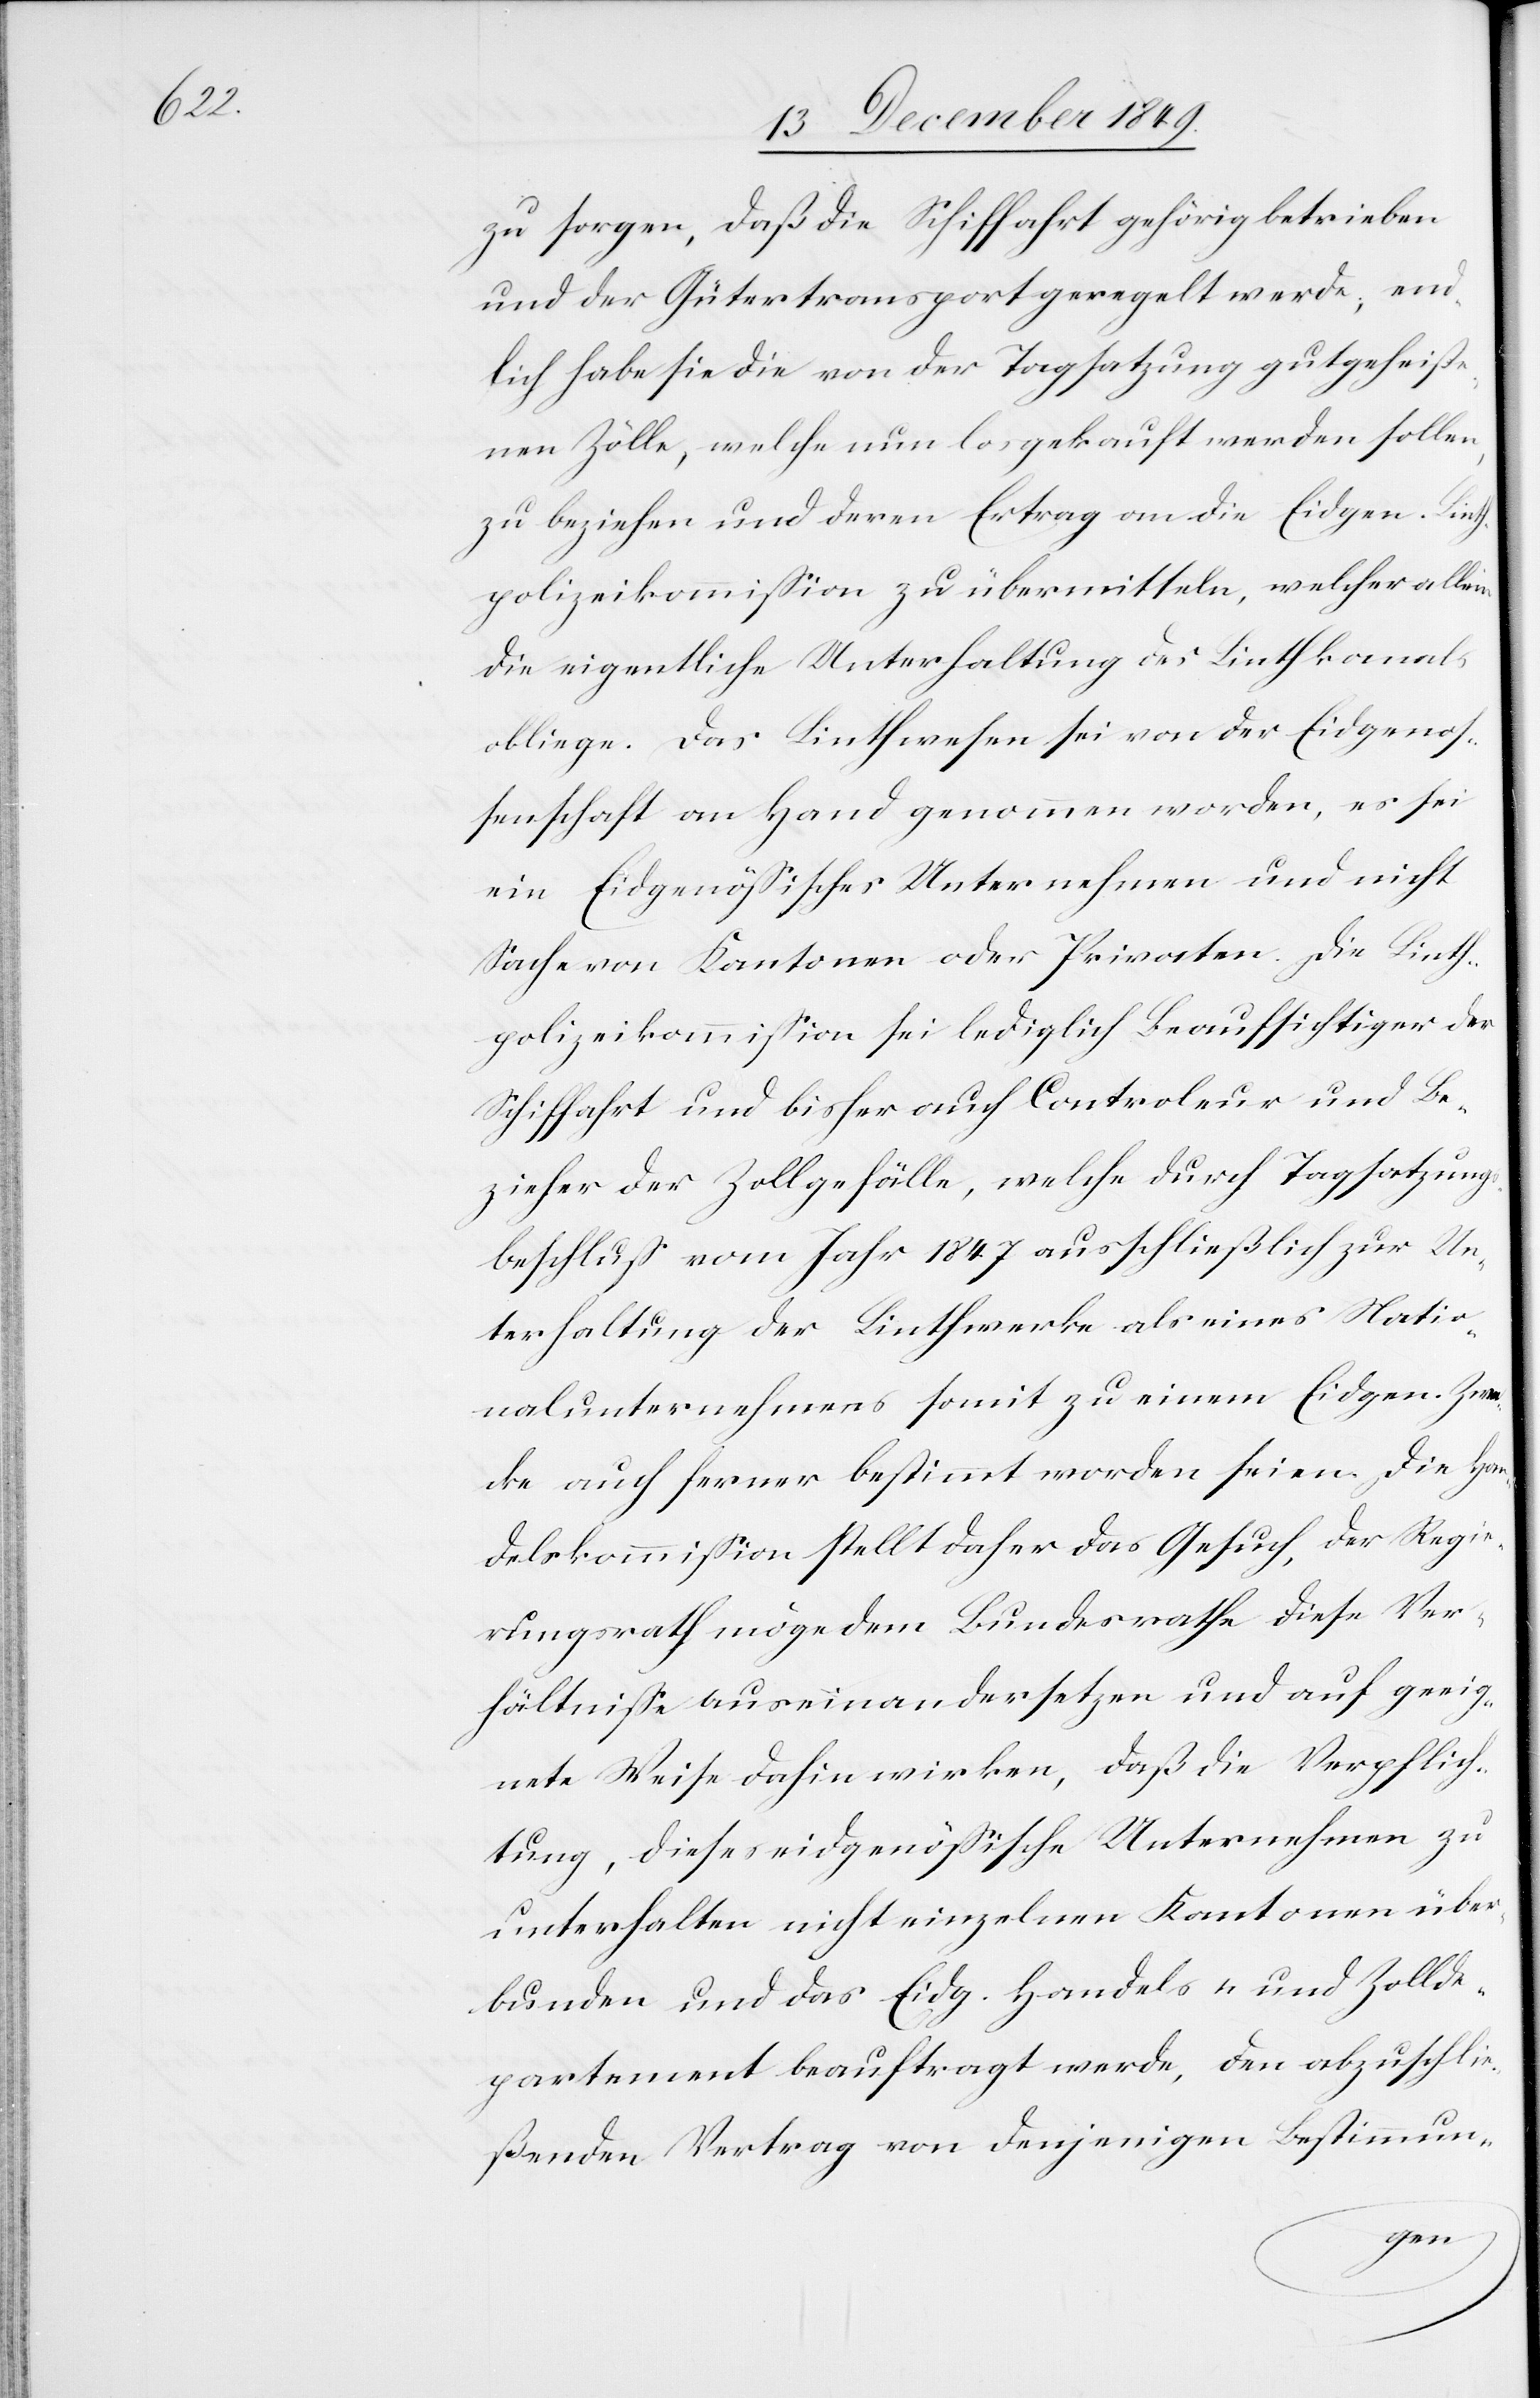
zu sorgen, daß die Schiffahrt gehörig betrieben
und der Gütertransport geregelt werde; end¬
lich habe sie die von der Tagsatzung gutgeheiße¬
nen Zölle, welche nun losgekauft werden sollen,
zu beziehen und deren Ertrag an die Eidgen. Linth¬
polizeikommißion zu übermitteln, welcher allein
die eigentliche Unterhaltung des Linthkanals
obliege. Das Linthwesen sei von der Eidgenos¬
senschaft an Hand genommen worden, es sei
ein Eidgenößisches Unternehmen und nicht
Sache von Kantonen oder Privaten. Die Linth¬
polizeikommißion sei lediglich Beaufsichtiger der
Schiffahrt und bisher auch Controleur und Be¬
zieher der Zollgefälle, welche durch Tagsatzungs¬
beschluß vom Jahr 1847 ausschließlich zur Un¬
terhaltung der Linthwerke als eines Natio¬
nalunternehmens somit zu einem Eidgen. Zwe¬
cke auch ferner bestimmt worden seien. Die Han¬
delskommißion stellt daher das Gesuch, der Regie¬
rungsrath möge dem Bundesrathe diese Ver¬
hältniße auseinandersetzen und auf geeig¬
nete Weise dahinwirken, daß die Verpflich¬
tung, dieses eidgenößische Unternehmen zu
unterhalten nicht einzelnen Kantonen über¬
bunden und das Eidg. Handels- und Zollde¬
partement beauftragt werde, den abzuschlie¬
ßenden Vertrag von denjenigen Bestimmun-